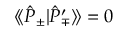
\langle \! \langle \hat { P } _ { \pm } | \hat { P } _ { \mp } ^ { \prime } \rangle \! \rangle = 0